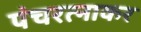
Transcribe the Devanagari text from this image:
पंचरत्नाकर